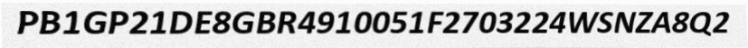
PB1GP21DE8GBR4910051F2703224WSNZA8Q2